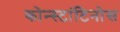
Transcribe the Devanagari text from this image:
कोन्स्टांटिनोस